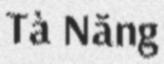
Tà Năng